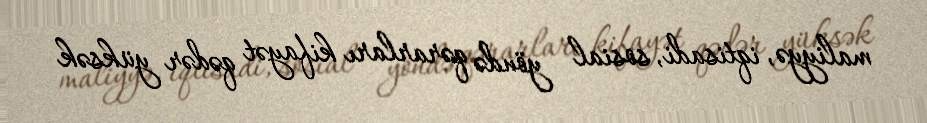
maliyyə, iqtisadi, sosial yöndə qərarları kifayət qədər yüksək